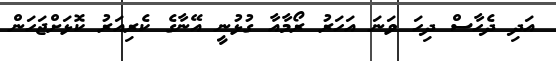
އަދި ދެހާސް ދިހަ ވަނަ އަހަރު ރޯމާއާ ގުޅުނީ އޭނާގެ ކެރިއަރު ކޮޅަށްޖަހަން